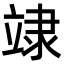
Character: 䇐